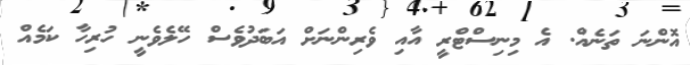
އޮންނަ ތަނެއް. އެ މިނިސްޓްރީ އާއި ވެރިންނަށް އަބަދުވެސް ހޭލެވެނީ ހުރިހާ ކަމެއް